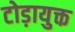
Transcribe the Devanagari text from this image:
टोड़ायुक्त